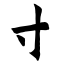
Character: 寸